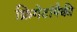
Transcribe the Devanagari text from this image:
फ्रिगेटांपैकी